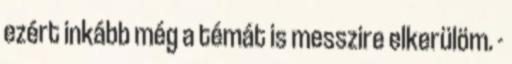
ezért inkább még a témát is messzire elkerülöm. -